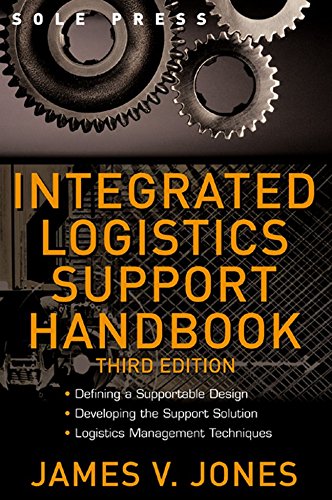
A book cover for Integrated Logistics Support Handbook (McGraw-Hill Logistics Series); James Jones; Engineering & Transportation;